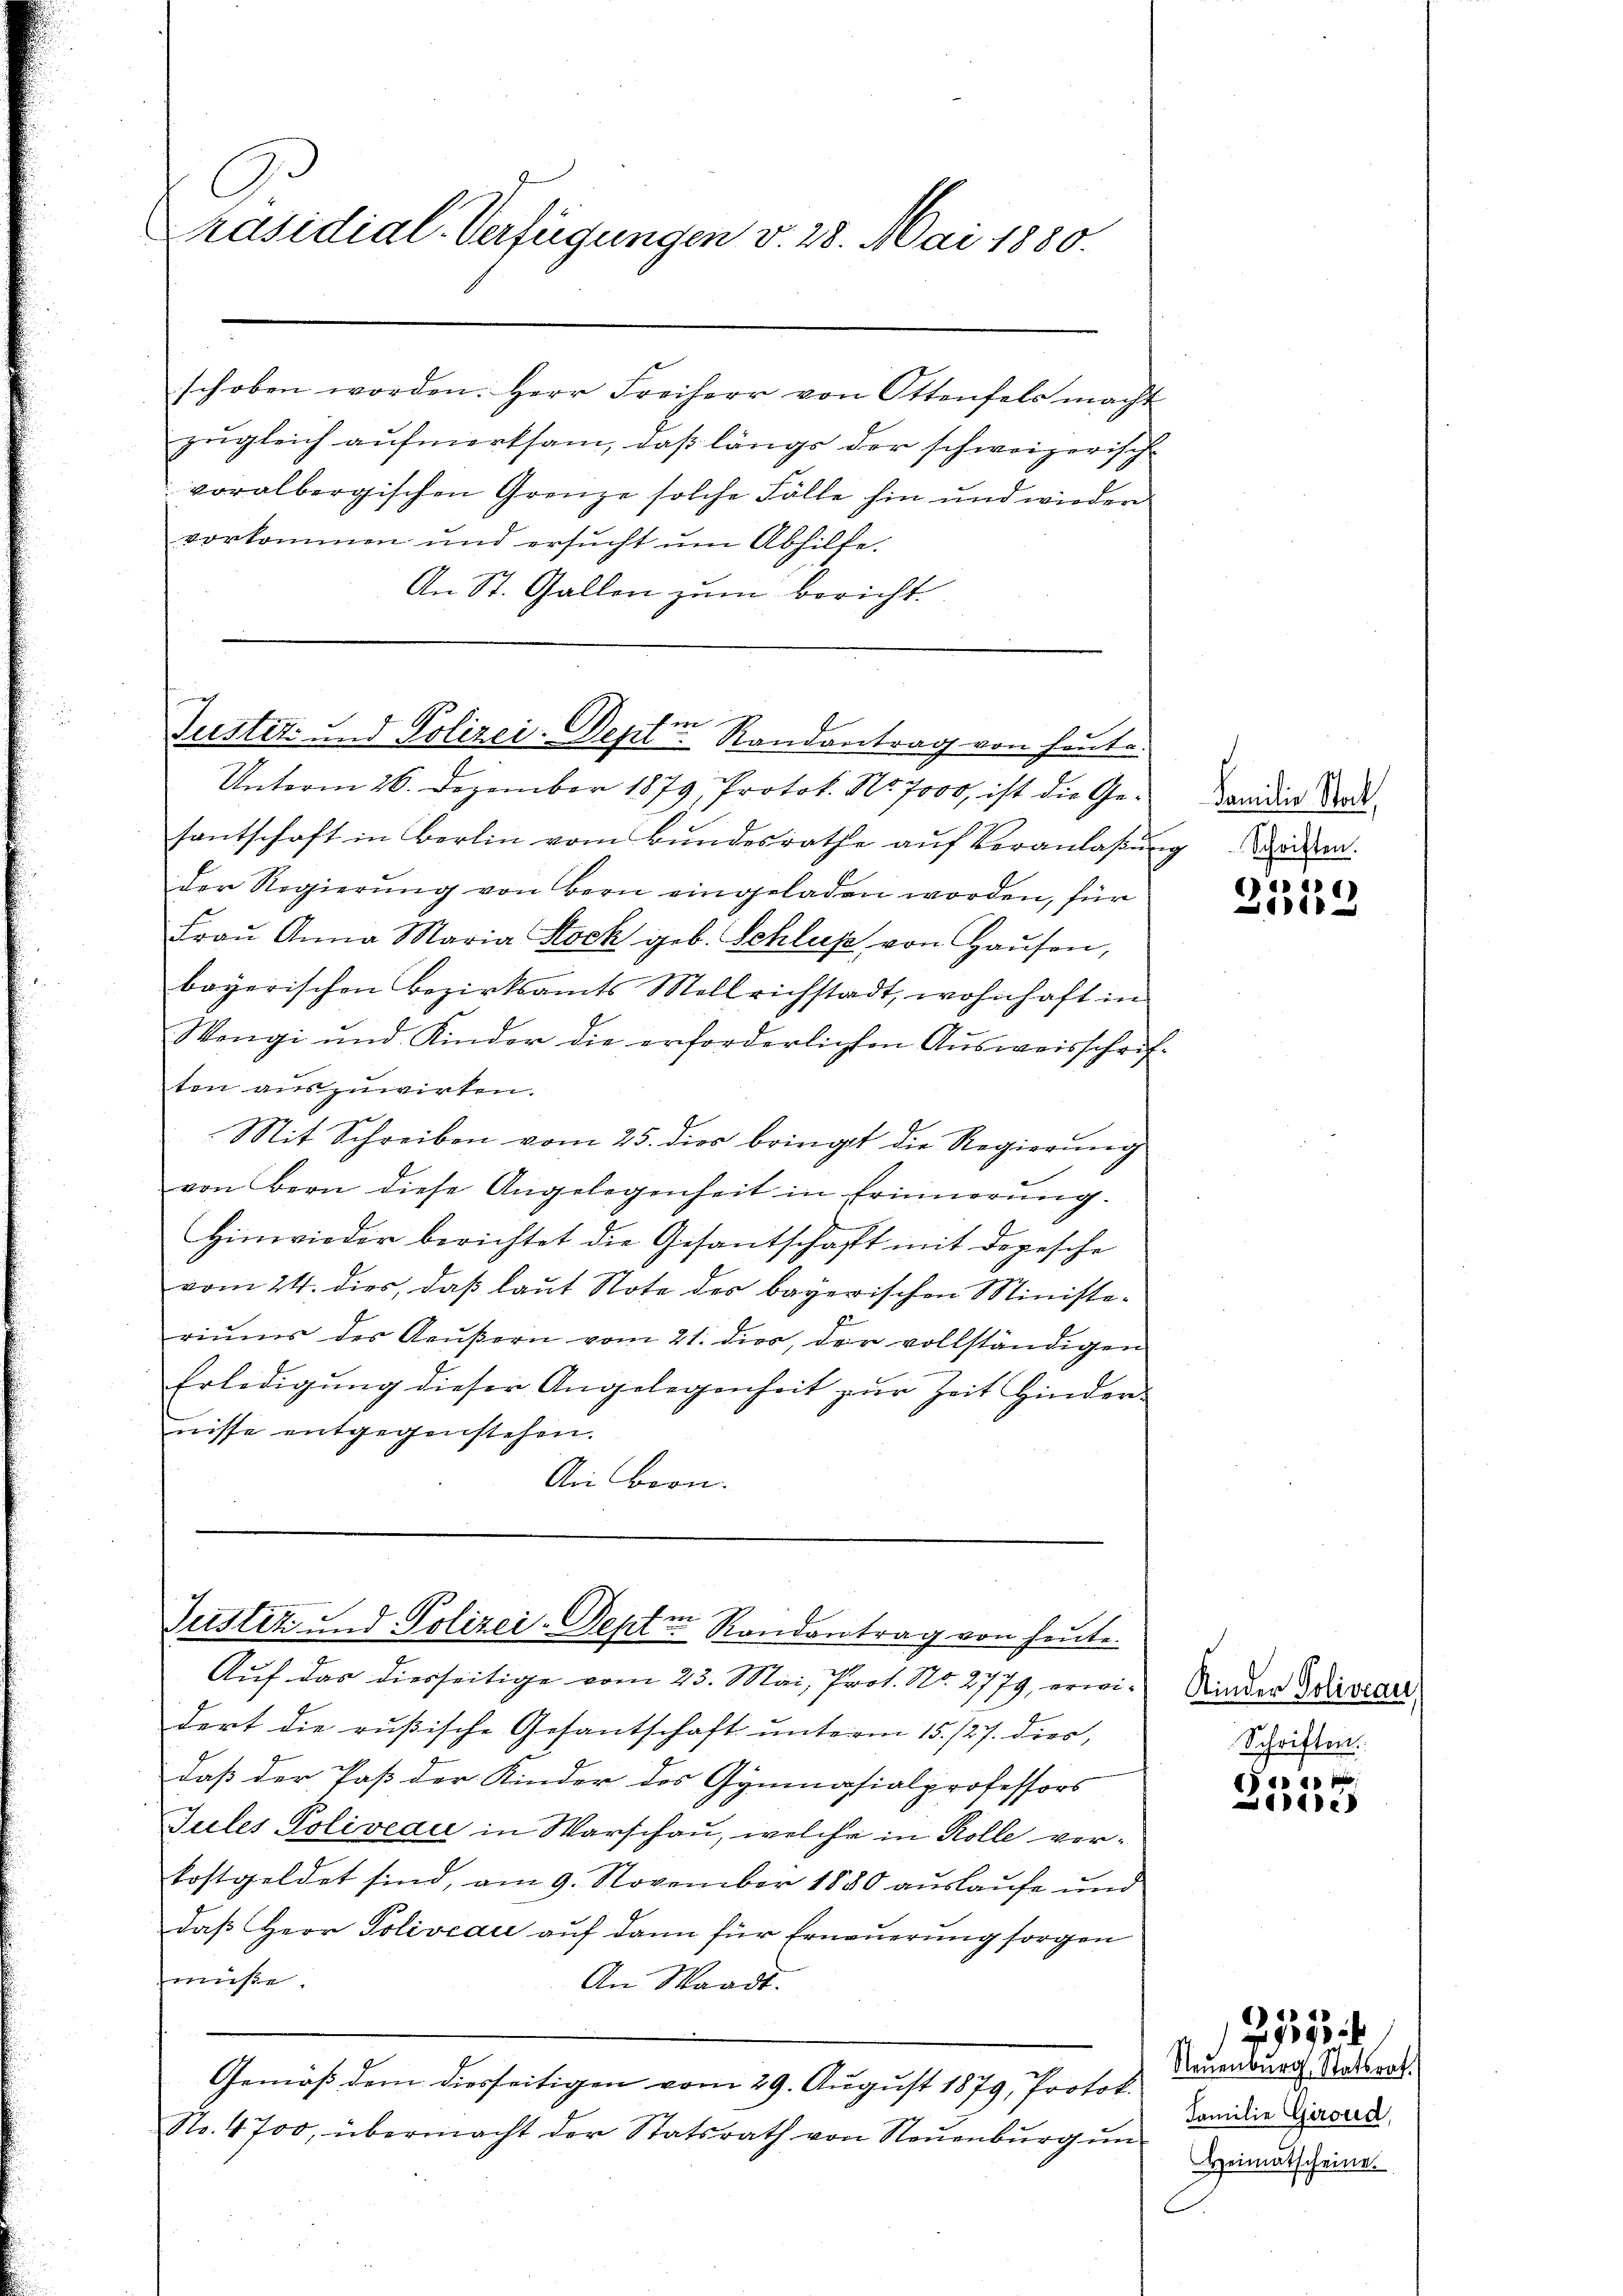
C
Präsidial-Verfügungen v. 28. Mai 1880.

schoben worden. Herr Freiherr von Ottenfels macht
zugleich aufmerksam, daß längs der schweizerisch-
voralbergischen Grenze solche Fälle hin und wieder
vorkommen und ersŭcht ŭm Abhilfe.
An St. Gallen zum Bericht.

en
Justiz- und Polizei-Deptr Randantrag von heute.

Justiz und Polizei-Septen Randantrag von heute.

Unterm 26. Dezember 1879, Protok. No. 7000, ist die Gefantschaft in Berlin vom Bŭndesrathe aŭf Veranlaβŭng deren
der Regierung von Bern eingeladen worden, für
Fraŭ Anna Maria Stock geb. Schluss von Haŭsen,
bayerischen Bezirksamts Mellrichstadt, wohnhaft in
Wengi und Kinder die erforderlichen Ausweisschriften auszuwirken.
Mit Schreiben vom 25. dies bringt die Regierung
von Bern diese Angelegenheit in Erinnerung.
Hinwieder berichtet die Gesantschafft mit dopesche
vom 24. dies, daß laut Note des bayerischen Ministeriŭms des Aeŭβern vom 21. dies, der vollständigen
Erledigung dieser Angelegenheit zur Zeit Hinder-
nisse entgegenstehen.
An Bern.

Auf das diesseitige vom 23. Mai, Prof. No. 2779, erwidert die rußische Gesantschaft unterm 15./27. dies,
daß der Paß der Kinder des Gymnasialprofessors
Jules Poliveau in Warschau, welche in Kolle verkostgeldet sind, am 9. November 1880 auslaufe und
daß Herr Poliveau auf dann für Erneuerung sorgen
müße.
An Waadt.
Gemäß dem diesseitigen vom 29. August 1879, Protok
No. 4700, übermacht der Statsrath von Neuenburg un

Familie Stock,

e
11

Kinder Poliveau
Schriften.

1 p
e

Neuenburg, Statsrat.
Familie Giroud,
Heimatscheine

279